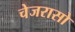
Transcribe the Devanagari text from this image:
चेजरासो